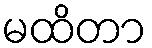
မထိတာ